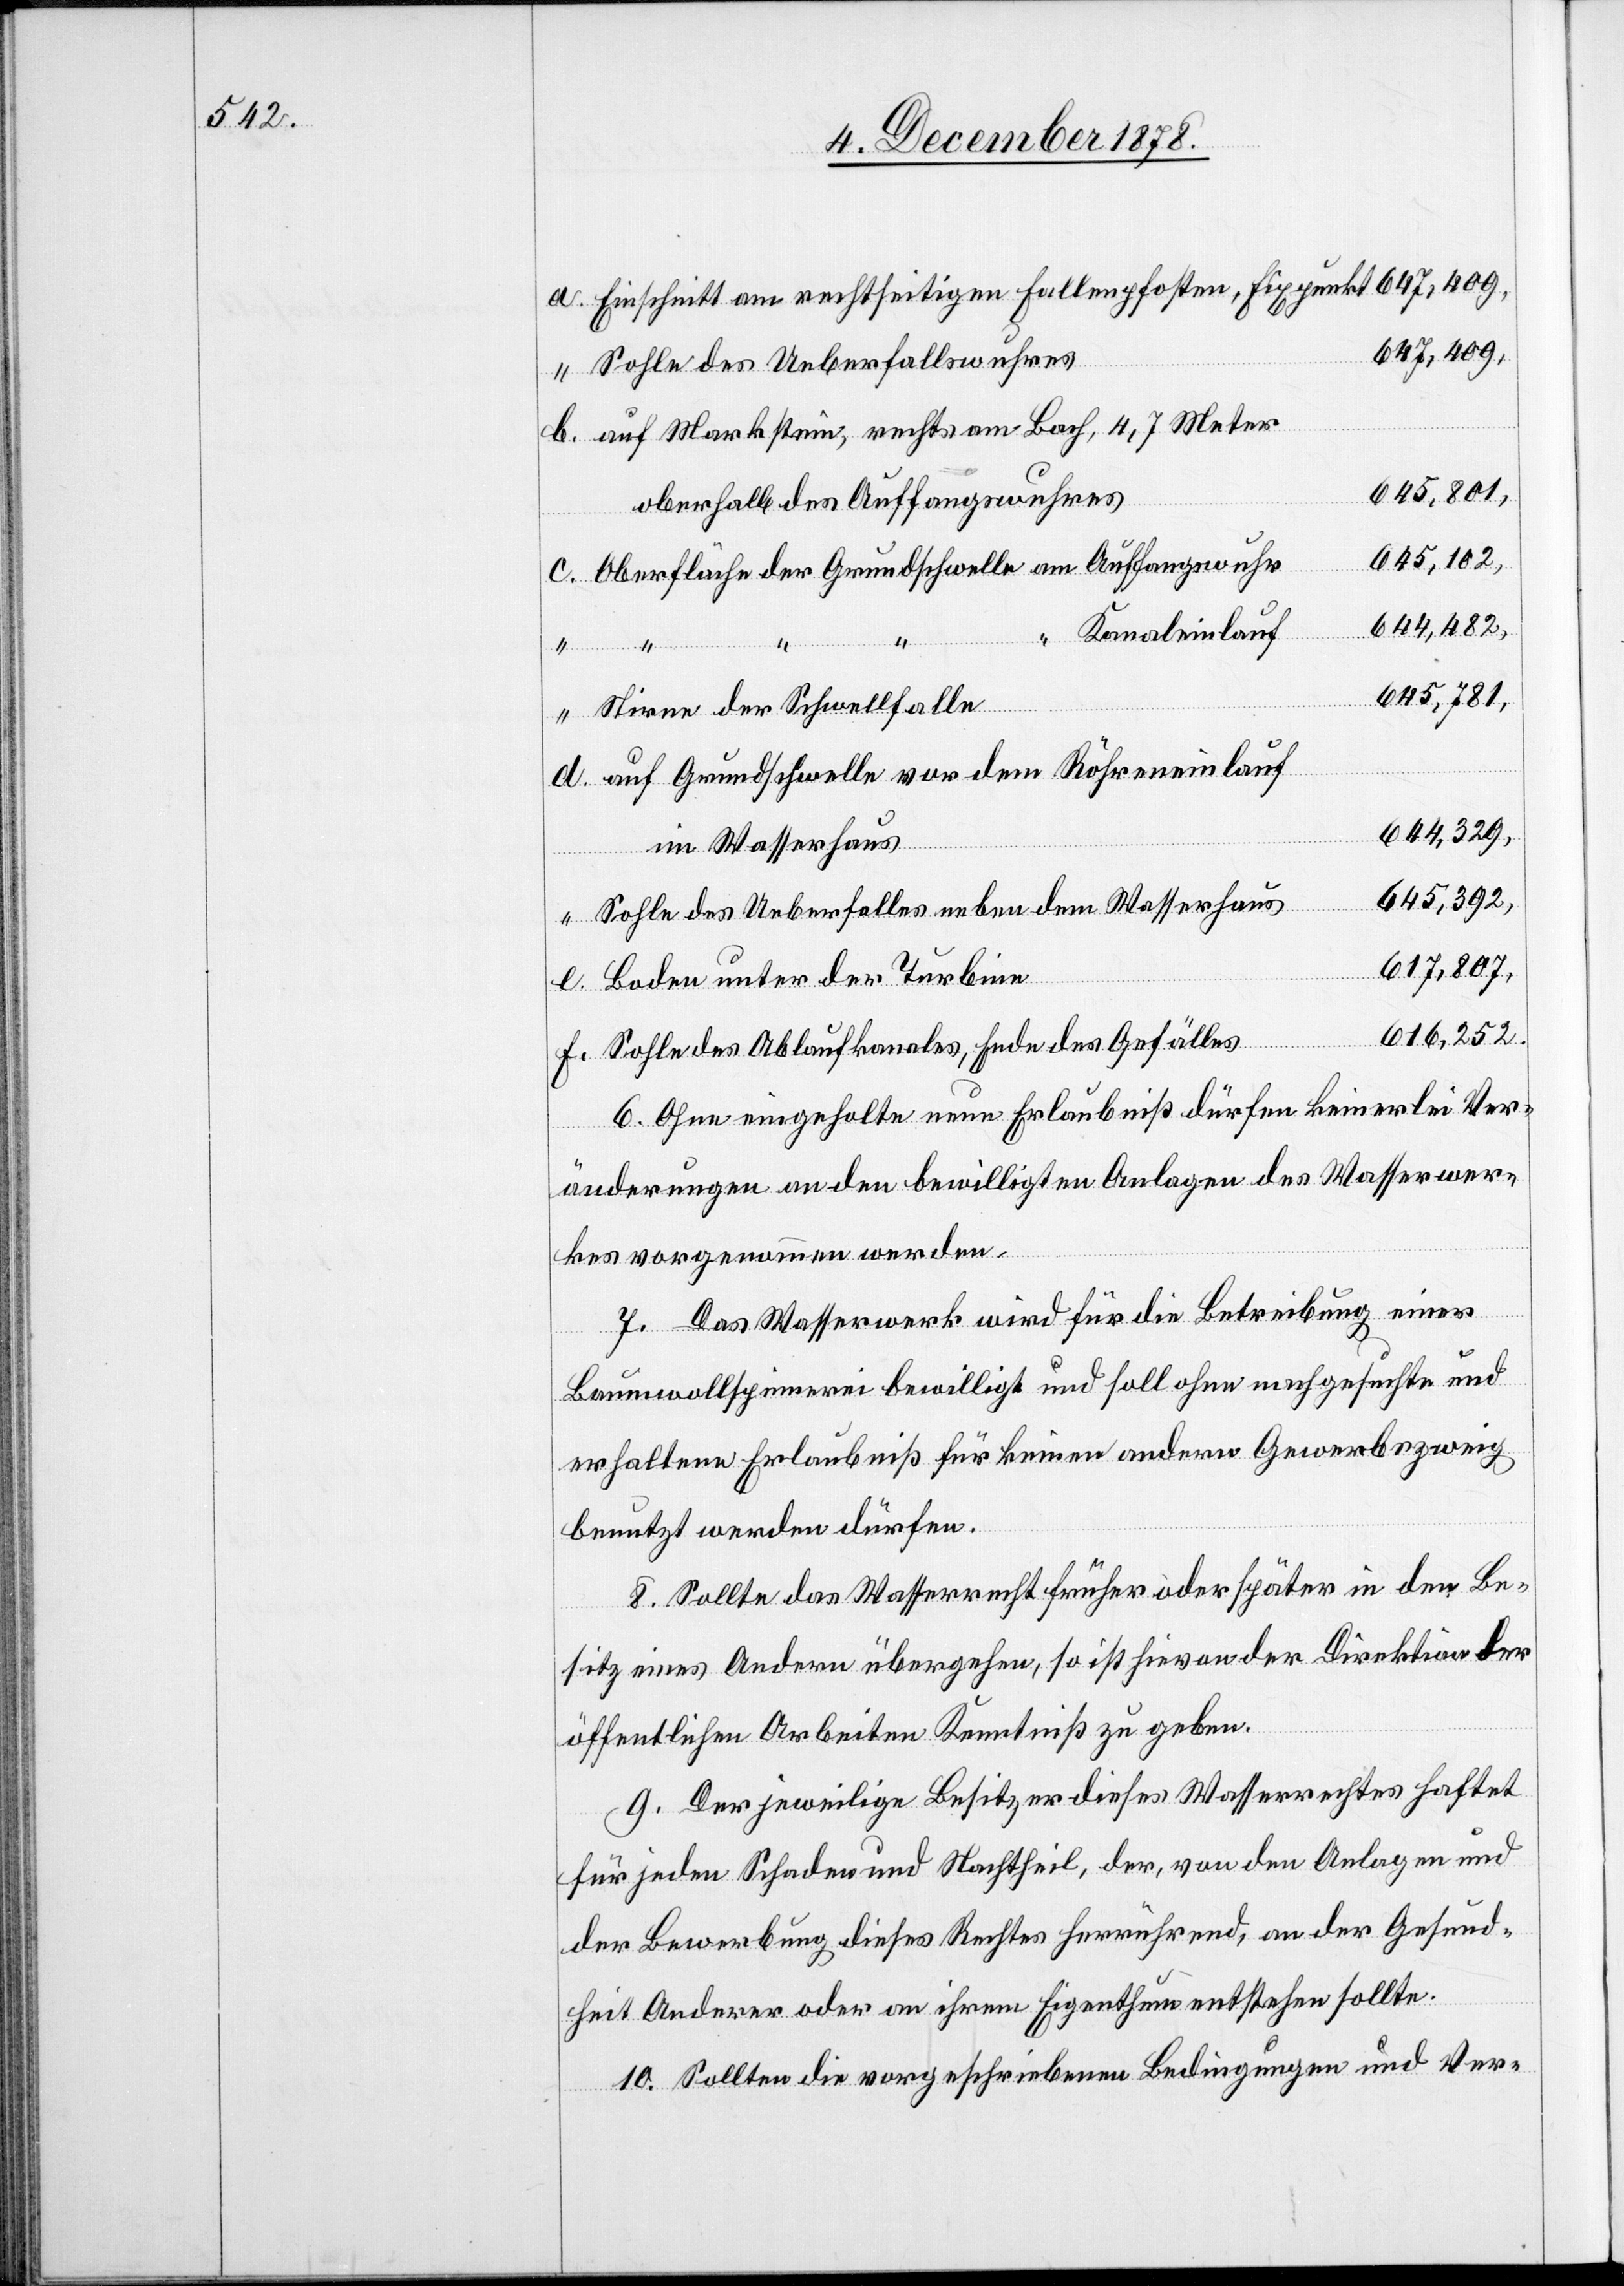
Einschnitt am rechtseitigen Fallenpfosten, Fixpunkt
647,409,
Sohle des Ueberfallswuhres
auf Markstein, rechts am Bach, 4,7 Meter
645,801,
oberhalb des Auffangwuhres
645,102,
Oberfläche der Grundschwelle am Auffangswuhr
644,482,
Kanaleinlauf
645,781m
Stirne der Schwellfalle
auf Grundschwelle vor dem Röhreneinlauf
644,329,
“
im Wasserhaus
645,392,
Sohle des Ueberfalles neben dem Wasserhaus
617,807,
Boden unter der Turbine
616,252.
Sohle des Ablaufkanals, Ende des Gefälles
6. Ohne eingeholte neue Erlaubniß dürfen keinerlei Ver¬
änderungen an den bewilligten Anlagen des Wasserwer¬
kes vorgenommen werden.
7. Das Wasserwerk wird für die Betreibung einer
f.
Baumwollspinnerei bewilligt und soll ohne nachgesuchte und
erhaltene Erlaubniß für keinen andern Gewerbszweig
benutzt werden dürfen.
8. Sollte das Wasserrecht früher oder später in den Be¬
sitz eines Andern übergehen, so ist hievon der Direktion der
öffentlichen Arbeiten Kenntniß zu geben.
9. Der jeweilige Besitzer dieses Wasserrechtes haftet
für jeden Schaden und Nachtheil, der, von den Anlagen und
der Bewerbung dieses Rechtes herrührend, an der Gesund¬
heit Anderer oder an ihrem Eigenthum entstehen sollte.
10. Sollten die vorgeschriebenen Bedingungen und Ver-